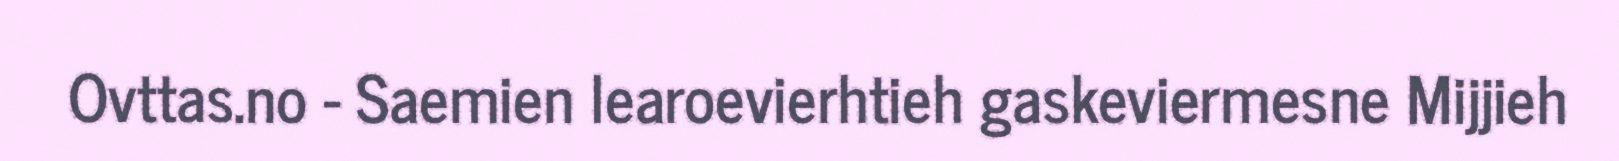
Ovttas.no - Saemien learoevierhtieh gaskeviermesne Mijjieh